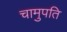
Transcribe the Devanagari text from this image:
चामुपति